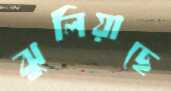
ঝুলিয়াছে